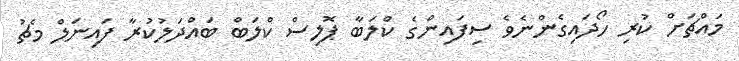
މައްޗަށް ކުރި ހޯދައިގެންނެވެ ސިފައިންގެ ކްލަބާ ޕޮލިސް ކްލަބް ބައްދަލުކުރާ ފައިނަލް މެޗު